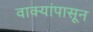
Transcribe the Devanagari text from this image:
वाक्यांपासून